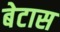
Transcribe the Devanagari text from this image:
बेटास